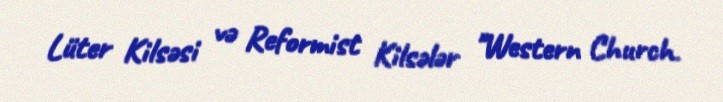
Lüter Kilsəsi və Reformist Kilsələr "Western Church.